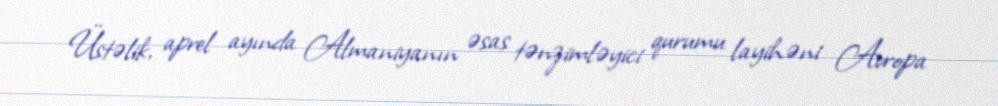
Üstəlik, aprel ayında Almaniyanın əsas tənzimləyici qurumu layihəni Avropa